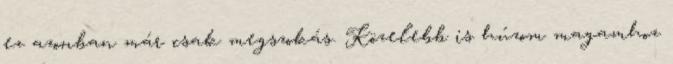
ez azonban már csak megszokás. Közelebb is húzom magamhoz